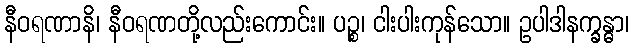
နီဝရဏာနိ၊ နီဝရဏတို့လည်းကောင်း။ ပဉ္စ၊ ငါးပါးကုန်သော။ ဥပါဒါနက္ခန္ဓာ၊